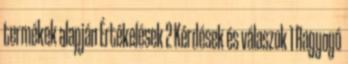
termékek alapján Értékelések 2 Kérdések és válaszok 1 Ragyogó